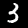
Label: 3